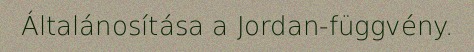
Általánosítása a Jordan-függvény.